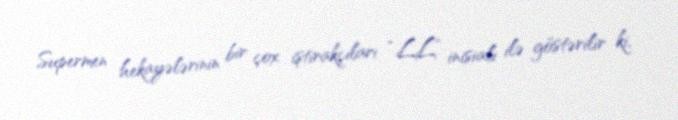
Supermen hekayələrinin bir çox iştirakçıları “LL” inisialı ilə göstərilir ki,